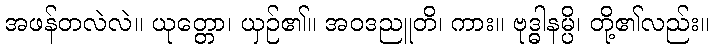
အဖန်တလဲလဲ။ ယုတ္တော၊ ယှဉ်၏။ အဝဒညူတိ၊ ကား။ ဗုဒ္ဓါနမ္ပိ၊ တို့၏လည်း။